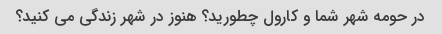
در حومه شهر شما و کارول چطورید؟ هنوز در شهر زندگی می کنید؟